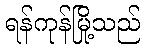
ရန်ကုန်မြို့သည်